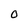
Character: O